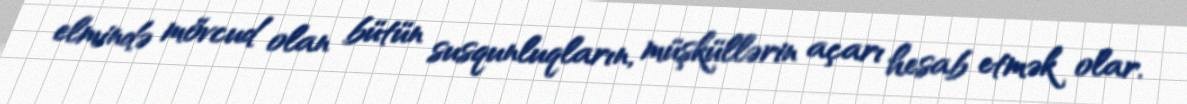
elmində mövcud olan bütün susqunluqların, müşküllərin açarı hesab etmək olar.